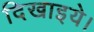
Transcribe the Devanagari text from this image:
दिखाइये।